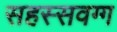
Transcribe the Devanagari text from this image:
सहस्सवग्ग